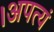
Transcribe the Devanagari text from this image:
।अपत्यं